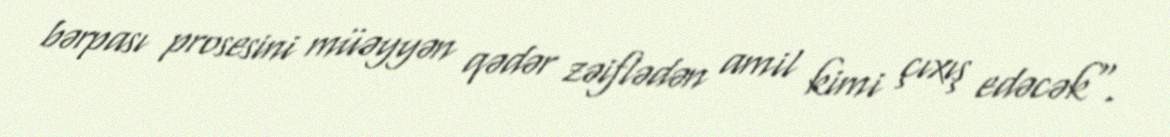
bərpası prosesini müəyyən qədər zəiflədən amil kimi çıxış edəcək".